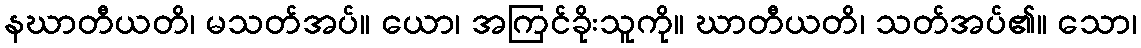
နဃာတီယတိ၊ မသတ်အပ်။ ယော၊ အကြင်ခိုးသူကို။ ဃာတီယတိ၊ သတ်အပ်၏။ သော၊